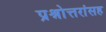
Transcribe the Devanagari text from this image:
प्रश्नोत्तरांसह